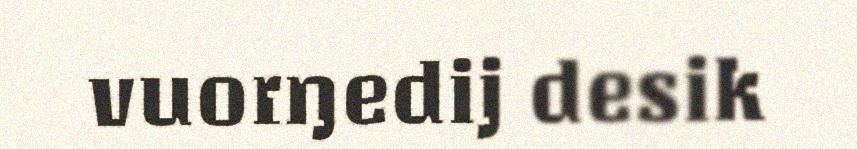
vuorŋedij desik